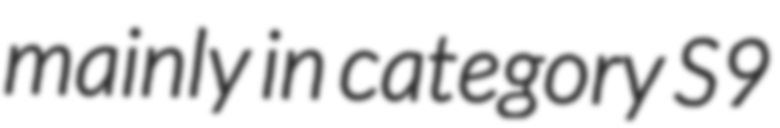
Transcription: mainly in category S9